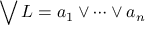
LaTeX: \bigvee L = a _ { 1 } \lor \cdots \lor a _ { n }